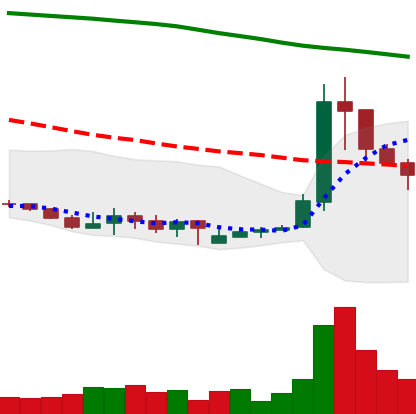
Ticker: XLM-USD
Chart end date: 2019-09-22
Forward return: -13.088%
Label: down_7plus